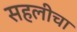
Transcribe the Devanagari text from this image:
सहलीचा